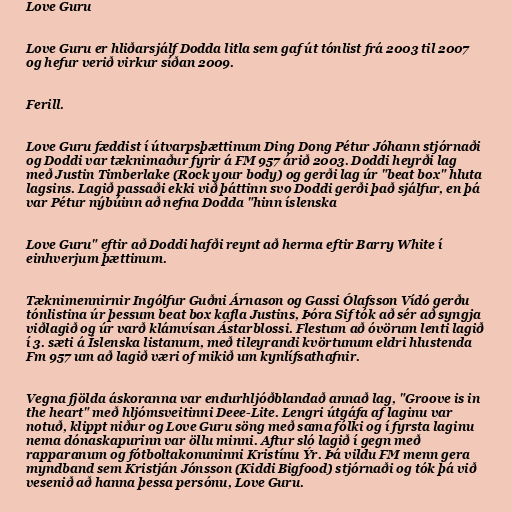
Love Guru

Love Guru er hliðarsjálf Dodda litla sem gaf út tónlist frá 2003 til 2007
og hefur verið virkur síðan 2009.

Ferill.

Love Guru fæddist í útvarpsþættinum Ding Dong Pétur Jóhann stjórnaði
og Doddi var tæknimaður fyrir á FM 957 árið 2003. Doddi heyrði lag
með Justin Timberlake (Rock your body) og gerði lag úr "beat box" hluta
lagsins. Lagið passaði ekki við þáttinn svo Doddi gerði það sjálfur, en þá
var Pétur nýbúinn að nefna Dodda "hinn íslenska

Love Guru" eftir að Doddi hafði reynt að herma eftir Barry White í
einhverjum þættinum.

Tæknimennirnir Ingólfur Guðni Árnason og Gassi Ólafsson Vídó gerðu
tónlistina úr þessum beat box kafla Justins, Þóra Sif tók að sér að syngja
viðlagið og úr varð klámvísan Ástarblossi. Flestum að óvörum lenti lagið
í 3. sæti á Íslenska listanum, með tileyrandi kvörtunum eldri hlustenda
Fm 957 um að lagið væri of mikið um kynlífsathafnir.

Vegna fjölda áskoranna var endurhljóðblandað annað lag, "Groove is in
the heart" með hljómsveitinni Deee-Lite. Lengri útgáfa af laginu var
notuð, klippt niður og Love Guru söng með sama fólki og í fyrsta laginu
nema dónaskapurinn var öllu minni. Aftur sló lagið í gegn með
rapparanum og fótboltakonuninni Kristínu Ýr. Þá vildu FM menn gera
myndband sem Kristján Jónsson (Kiddi Bigfood) stjórnaði og tók þá við
vesenið að hanna þessa persónu, Love Guru.